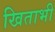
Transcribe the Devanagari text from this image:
खिताभी